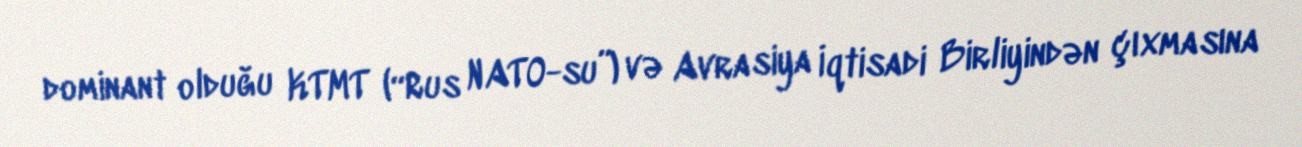
dominant olduğu KTMT (“Rus NATO-su”) və Avrasiya İqtisadi Birliyindən çıxmasına